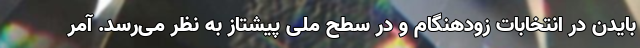
بایدن در انتخابات زودهنگام و در سطح ملی پیشتاز به نظر می‌رسد. آمر